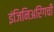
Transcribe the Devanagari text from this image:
इंजिनिअरिंगची